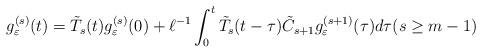
LaTeX: \begin{align*}g_\varepsilon^{(s)} (t) =\tilde{T}_s (t) g_\varepsilon^{(s)} (0) +\ell^{-1} \int_0^t \tilde{T}_s (t-\tau)\tilde{C}_{s+1} g_\varepsilon^{(s+1)} (\tau) d\tau (s\geq m-1)\end{align*}